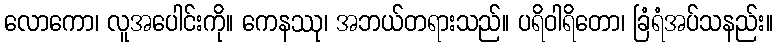
လောကော၊ လူအပေါင်းကို။ ကေနဿု၊ အဘယ်တရားသည်။ ပရိဝါရိတော၊ ခြံရံအပ်သနည်း။